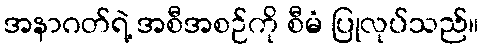
အနာဂတ်ရဲ့ အစီအစဉ်ကို စီမံ ပြုလုပ်သည်။